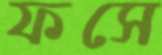
ফসে